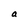
Character: a